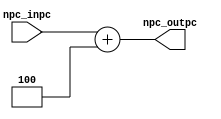
`timescale 1ns / 1ps
//////////////////////////////////////////////////////////////////////////////////
// Company: 
// Engineer: 
// 
// Design Name: 
// Module Name:    Npc 
// Project Name: 
// Target Devices: 
// Tool versions: 
// Description: 
//
// Dependencies: 
//
// Revision: 
// Revision 0.01 - File Created
// Additional Comments: 
//
//////////////////////////////////////////////////////////////////////////////////
module Npc(
	input [31:0] npc_inpc,
	output [31:0] npc_outpc
	//output [31:0] npc_outadd
	);

	assign npc_outpc  = npc_inpc + 4;
	//assign npc_outadd = npc_inpc + 4;

endmodule